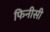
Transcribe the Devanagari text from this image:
फिनीसी